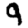
Digit: 9